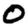
Digit: 0